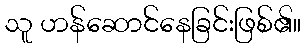
သူ ဟန်ဆောင်နေခြင်းဖြစ်၏။